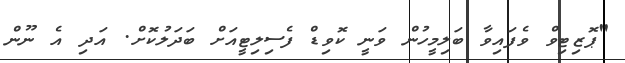
"ޕޮޒިޓިވް ވެފައިވާ ބަލިމީހުން ވަނީ ކޮވިޑް ފެސިލިޓީއަށް ބަދަލުކޮށް. އަދި އެ ނޫން